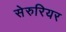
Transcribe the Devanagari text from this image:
सेरुरियर